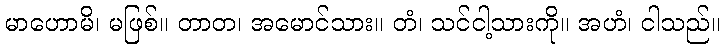
မာဟောမိ၊ မဖြစ်။ တာတ၊ အမောင်သား။ တံ၊ သင်ငါ့သားကို။ အဟံ၊ ငါသည်။